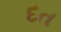
દત